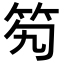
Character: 𥫷